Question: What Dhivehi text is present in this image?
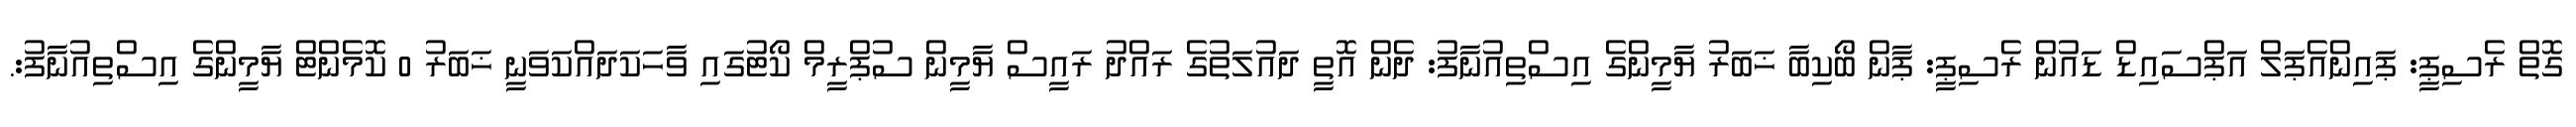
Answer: ގޮތް ރެސިޕީ: ޕައިންއެޕަލް އަޕްސައިޑް ޑައުން ރެސިޕީ: ޕާން ބޯކިބާ ޚަބަރު ޔާމީންގެ އިސްތިއުނާފު: ދެން އޮތީ ދައުލަތުގެ ރައްދު ރައީސް ޔާމީން ސުޕްރީމް ކޯޓުގައި ވާހަކަދައްކަވަނީ ޚަބަރު 0 ކޮމެންޓް ޔާމީންގެ އިސްތިއުނާފު:.